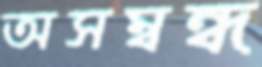
অসম্বন্ধ